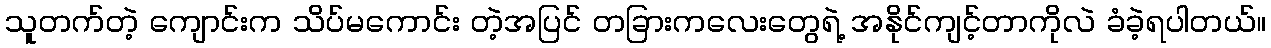
သူတက်တဲ့ ကျောင်းက သိပ်မကောင်း တဲ့အပြင် တခြားကလေးတွေရဲ့ အနိုင်ကျင့်တာကိုလဲ ခံခဲ့ရပါတယ်။